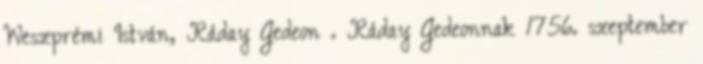
Weszprémi István, Ráday Gedeon . Ráday Gedeonnak 1756. szeptember